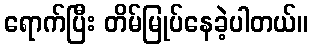
ရောက်ပြီး တိမ်မြုပ်နေခဲ့ပါတယ်။